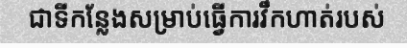
ជាទីកន្លែងសម្រាប់ធ្វើការវឹកហាត់របស់